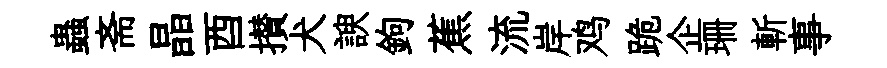
蟲斋晶酉攅犬諛鉤蕉流岸鸡跪企珊斬事